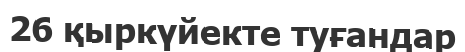
26 қыркүйекте туғандар